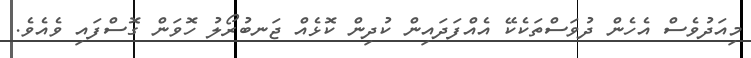
މިއަދުވެސް އެހެން ދުވަސްތަކެކޭ އެއްފަދައިން ކުދިން ކޮޅެއް ޖަނބުރޯލު ހޮވަން ގޮސްފައި ވެއެވެ.